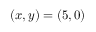
( x , y ) = ( 5 , 0 )